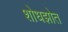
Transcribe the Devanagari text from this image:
शोधझोत